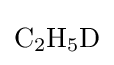
{\mathrm {C} {\vphantom {A}}_{\smash[{t}]{2}}\mathrm {H} {\vphantom {A}}_{\smash[{t}]{5}}\mathrm {D} }